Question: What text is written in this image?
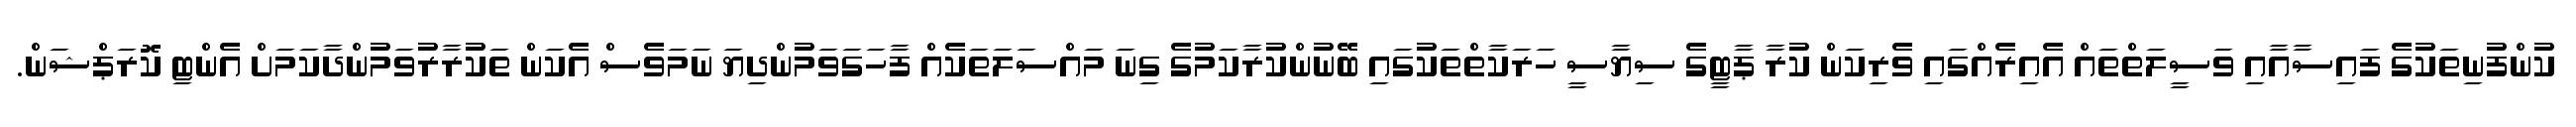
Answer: ކުންފުނިތަކުގެ ފައިސާއާއި ވަސީލަތްތައް އެއިރެއްގައި ވެރިކަން ކުރާ ޕާޓީގެ ސިޔާސީ ހަރަކާތްތަކުގައި ބޭނުންކުރާކަމުގެ ގިނަ މައްސަލަތަކެއް ފާހަގަވަމުންދިޔަ ނަމަވެސް އެކަން ތަކުރާރުވަމުންދާކަމަށް އެންޓި ކޮރަޕްޝަން.